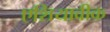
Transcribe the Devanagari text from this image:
एशियावीक